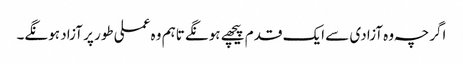
اگرچہ وہ آزادی سے ایک قدم پیچھے ہونگے تاہم وہ عملی طور پر آزاد ہونگے۔